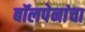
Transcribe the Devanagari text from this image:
बॉलपेनांचा